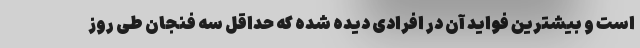
است و بیشترین فواید آن در افرادی دیده شده که حداقل سه فنجان طی روز